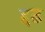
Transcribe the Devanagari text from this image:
द्दढ